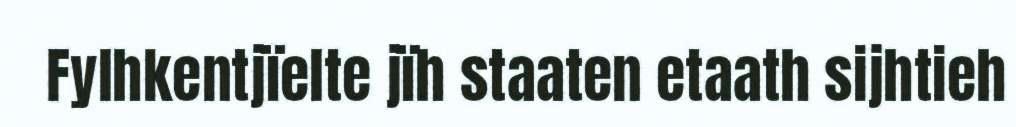
Fylhkentjïelte jïh staaten etaath sijhtieh